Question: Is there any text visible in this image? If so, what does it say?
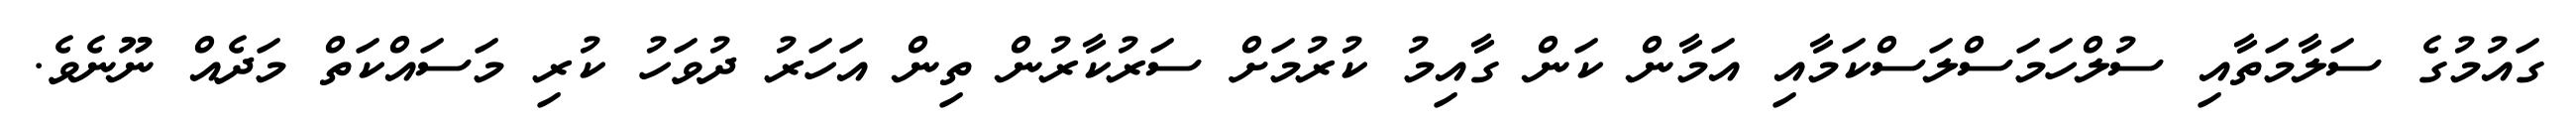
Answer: ގައުމުގެ ސަލާމަތާއި ސުލްހަމަސްލަސްކަމާއި އަމާން ކަން ގާއިމު ކުރުމަށް ސަރުކާރުން ތިން އަހަރު ދުވަހު ކުރި މަސައްކަތް މަދެއް ނޫނެވެ.